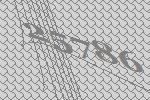
25786